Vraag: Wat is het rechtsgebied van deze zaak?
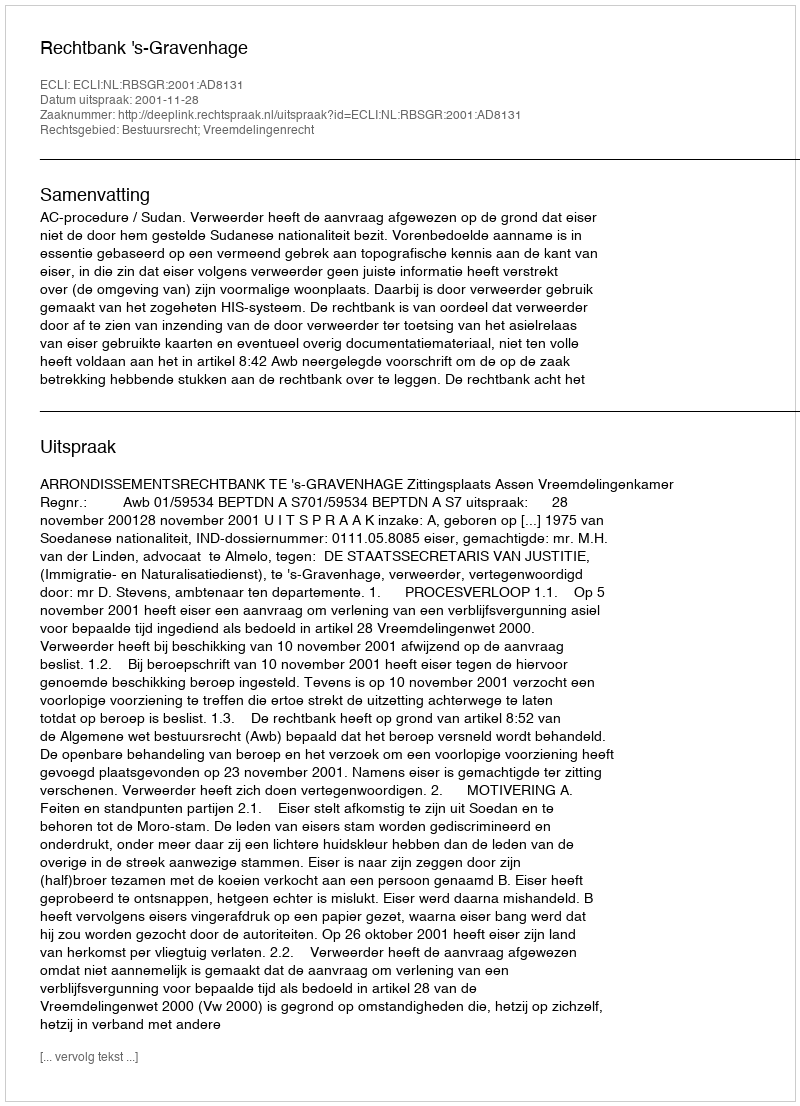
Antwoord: Bestuursrecht; Vreemdelingenrecht